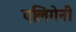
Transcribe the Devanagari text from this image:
एलिगेनी